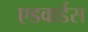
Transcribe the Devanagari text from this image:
एडवार्डस